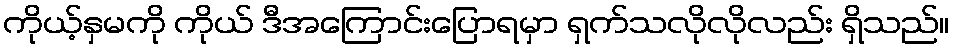
ကိုယ့်နှမကို ကိုယ် ဒီအကြောင်းပြောရမှာ ရှက်သလိုလိုလည်း ရှိသည်။